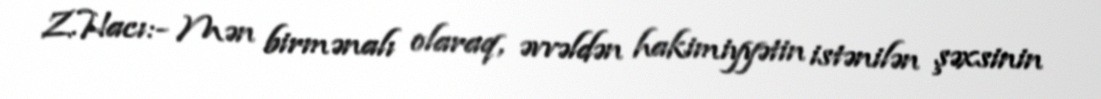
Z.Hacı:- Mən birmənalı olaraq, əvvəldən hakimiyyətin istənilən şəxsinin